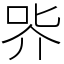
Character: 㖎